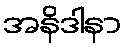
အနိဒါနာ